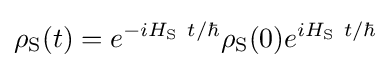
\rho _{\rm {S}}(t)=e^{-iH_{\rm {S}}~t/\hbar }\rho _{\rm {S}}(0)e^{iH_{\rm {S}}~t/\hbar }